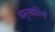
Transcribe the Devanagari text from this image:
बेमुरव्वतियों